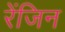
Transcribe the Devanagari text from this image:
रेंजिन